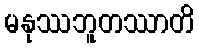
မနုဿဘူတဿာတိ